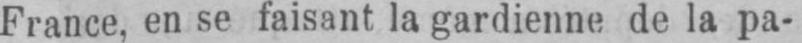
France, en se faisant la gardienne de la pa-